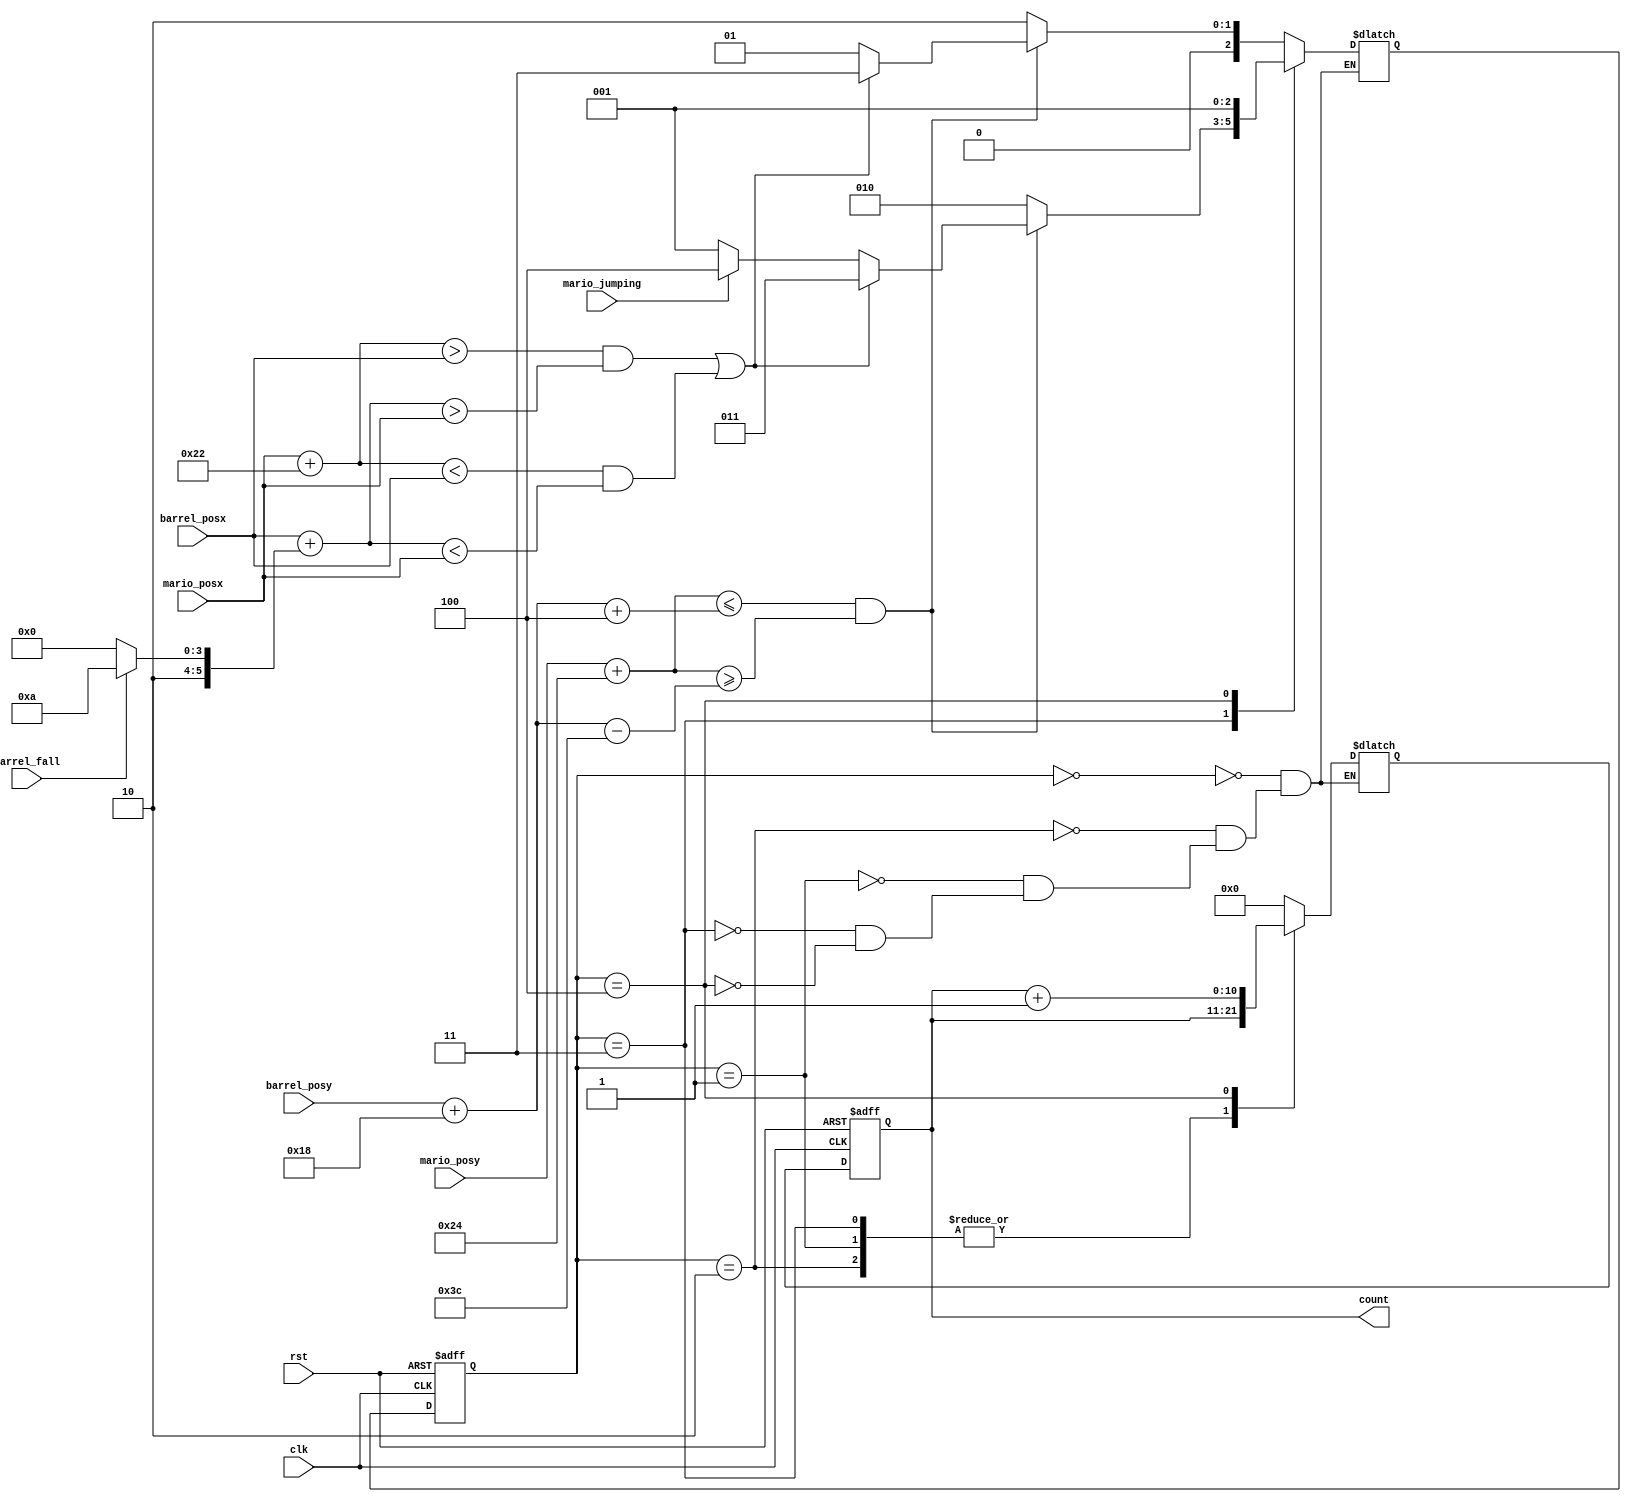
module score(
    input wire clk,
    input wire rst,
    input wire[9:0] mario_posx, barrel_posx,
    input wire[8:0] mario_posy, barrel_posy,
    input wire barrel_fall,
    input wire mario_jumping,
    output reg[10:0] count
);
    localparam[2:0] same_floor_no_intersection = 3'b001, start = 3'b000,
        different_floor = 3'b010, same_floor_with_intersection = 3'b011, goal = 3'b100;
    localparam[9:0] mario_width = 34, barrel_fall_width = 42, barrel_roll_width = 32;
    localparam[8:0] mario_height = 36, barrel_height = 24, jump_height = 60;

    wire same_floor;
    wire intersection;
    wire[9:0] barrel_posx1,barrel_posx2,mario_posx1,mario_posx2;
    wire[8:0] barrel_bottom, mario_bottom;
    reg[10:0] count_next;
    reg[2:0] state, state_next;

    initial begin
        count_next <= 0;
        count <= 0;
        state <= 0;
        state_next <= 0;  
    end

    assign barrel_posx1 = barrel_posx;
    assign barrel_posx2 = barrel_posx + (barrel_fall ? barrel_fall_width : barrel_roll_width);
    assign mario_posx1 = mario_posx;
    assign mario_posx2 = mario_posx + mario_width;
    assign barrel_bottom = barrel_posy + barrel_height;
    assign mario_bottom = mario_posy + mario_height;
    assign same_floor = mario_bottom <= barrel_bottom + 4 & mario_bottom >= barrel_bottom - jump_height;
    assign intersection = (mario_posx2 > barrel_posx1 & barrel_posx2 > mario_posx1)
    | (mario_posx2 < barrel_posx1 & barrel_posx2 < mario_posx1);

    always @(posedge clk, posedge rst)
    begin
        if(rst)
        begin
            count <= 0;
            state <= start;
        end
        else begin
            count <= count_next;
            state <= state_next;
        end
    end

    always @(*) begin
        case (state)
			 start:
			 begin
				count_next <= 0;
				if(same_floor)
                state_next <= intersection ? same_floor_with_intersection : same_floor_no_intersection;
            else
                state_next <= different_floor;
			 end
          different_floor:
			 begin
				count_next <= count;
            if(same_floor)
                state_next <= intersection ? same_floor_with_intersection : same_floor_no_intersection;
            else
                state_next <= different_floor;
			 end
          same_floor_no_intersection:
			 begin
				count_next <= count;
            if(same_floor)
                state_next <= intersection ? same_floor_with_intersection : same_floor_no_intersection;
            else
                state_next <= different_floor;
			 end
          same_floor_with_intersection:  
			 begin
				count_next <= count;
            if(same_floor)
                state_next <=  intersection ? same_floor_with_intersection :
                 (mario_jumping ? goal : same_floor_no_intersection);
            else
                state_next <= different_floor;
			 end
          goal: 
            begin
                count_next <= count + 1;
                state_next <= same_floor_no_intersection;
            end
        endcase
    end
endmodule